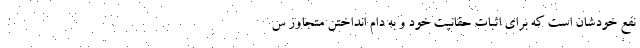
نفع خودشان است که برای اثبات حقانیت خود و به دام انداختن متجاوز س